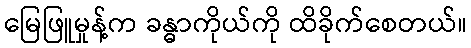
မြေဖြူမှုန့်က ခန္ဓာကိုယ်ကို ထိခိုက်စေတယ်။